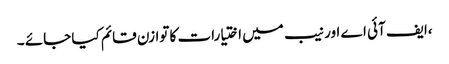
،ایف آئی اے اور نیب میں اختیارات کا توازن قائم کیا جائے ۔